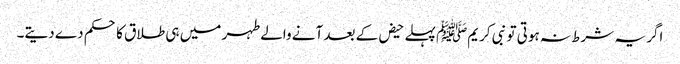
اگر یہ شرط نہ ہوتی تو نبی کریمﷺ پہلے حیض کے بعد آنے والے طہر میں ہی طلاق کا حکم دے دیتے۔